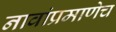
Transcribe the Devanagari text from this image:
नावांप्रमाणेच